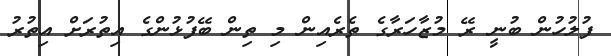
ފުލުހުން ބުނީ ރޭ މުޒާހަރާގެ ތެރެއިން މި ތިން ބޭފުޅުންގެ އިތުރަށް އިތުރު